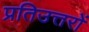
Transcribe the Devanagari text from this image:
प्रतिउत्तरों